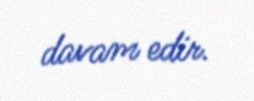
davam edir.